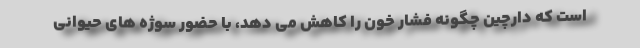
است که دارچین چگونه فشار خون را کاهش می دهد، با حضور سوژه های حیوانی